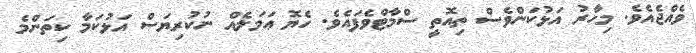
ވެއްޖެއެވެ. މިހާރު އަޅުކަންވެސް ތިއޮތީ ސްމާޓްވެފައެވެ. ހެޔޮ ޢަމަލެއް ނުކުރިޔަސް އަޅުކަމާ ކިތަންމެ